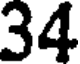
34